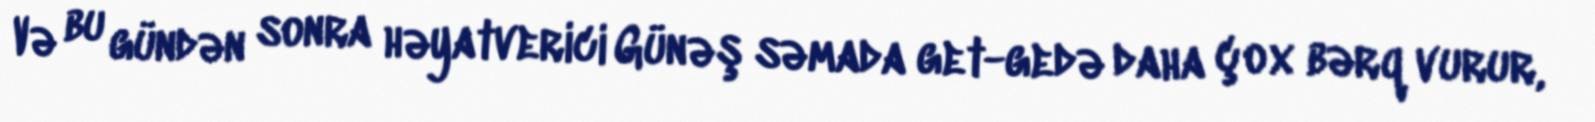
Və bu gündən sonra həyatverici Günəş səmada get-gedə daha çox bərq vurur,